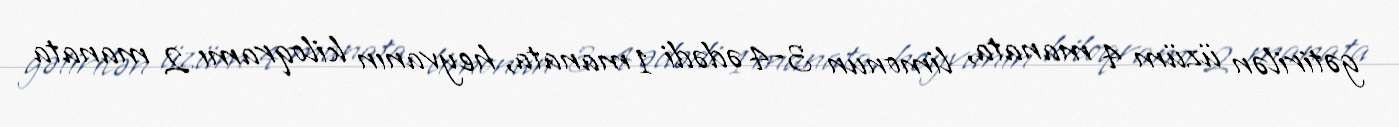
gətirilən üzüm 4 manata, limonun 3-4 ədədi 1 manata, heyvanın kiloqramı 2 manata